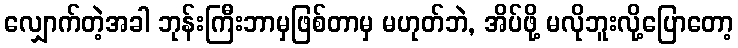
လျှောက်တဲ့အခါ ဘုန်းကြီးဘာမှဖြစ်တာမှ မဟုတ်ဘဲ, အိပ်ဖို့ မလိုဘူးလို့ပြောတော့